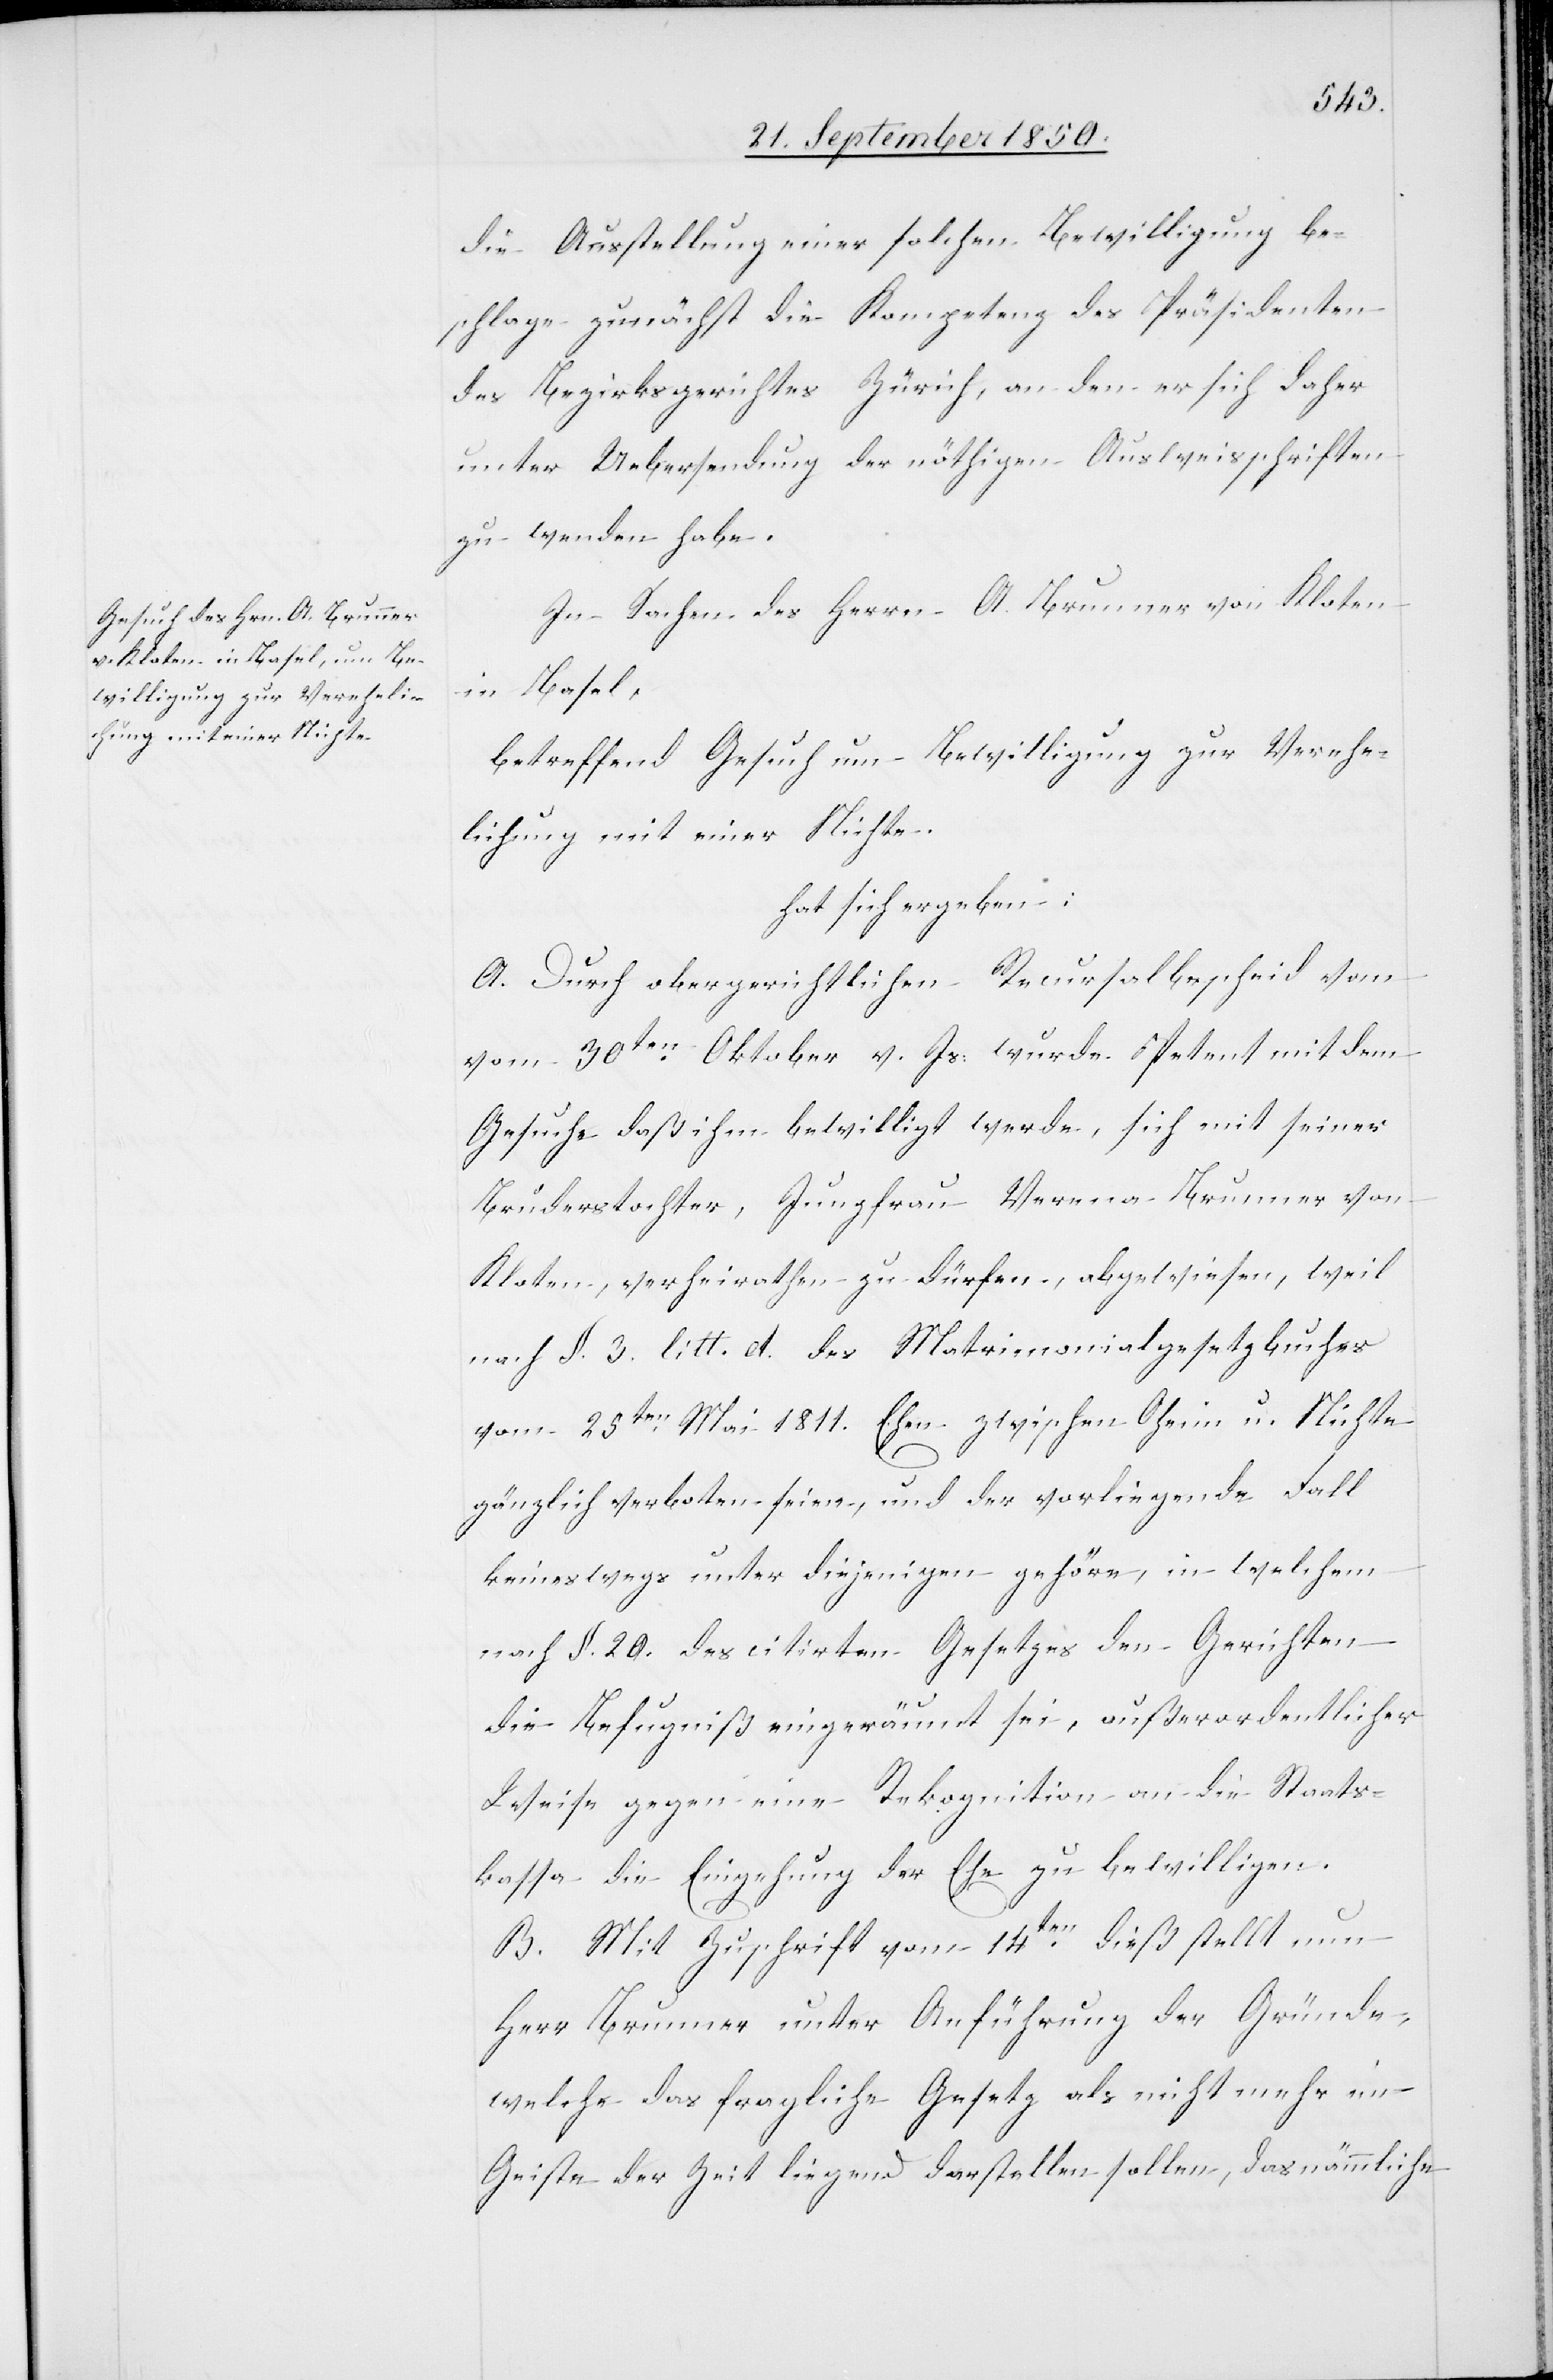
die Ausstellung einer solchen Bewilligung be¬
schlage zunächst die Kompetenz des Präsidenten
des Bezirksgerichtes Zürich, an den er sich daher
unter Uebersendung der nöthigen Ausweisschriften
zu wenden habe.
In Sachen des Herrn A. Brunner von Kloten
in Basel,
betreffend Gesuch um Bewilligung zur Verehe¬
lichung mit einer Nichte
hat sich ergeben:
A. Durch obergerichtlichen Recursalbescheid vom
30ten Oktober v. Js. wurde Petent mit dem
Gesuche daß ihm bewilligt werde, sich mit seiner
Bruderstochter, Jungfrau Verena Brunner von
Kloten, verheirathen zu dürfen, abgewiesen, weil
nach §. 3. litt. d. des Matrimonialgesetzbuches
vom 25ten Mai 1811. Ehen zwischen Oheim u. Nichte
gänzlich verboten seien, und der vorliegende Fall
keineswegs unter diejenigen gehöre, in welchem
nach §. 20. des citirten Gesetzes den Gerichten
die Befugniß eingeräumt sei, außerordentlicher
Weise gegen eine Rekognition an die Staats¬
kassa die Eingehung der Ehe zu bewilligen.
B. Mit Zuschrift vom 14ten dieß stellt nun
Herr Brunner unter Anführung der Gründe,
welche das fragliche Gesetz als nicht mehr im
Geiste der Zeit liegend darstellen sollen, das nämmliche